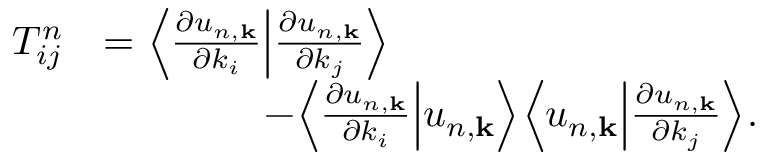
\begin{array} { r l } { T _ { i j } ^ { n } } & { = \Big \langle \frac { \partial u _ { n , \mathbf { k } } } { \partial k _ { i } } \Big | \frac { \partial u _ { n , \mathbf { k } } } { \partial k _ { j } } \Big \rangle } \\ & { \qquad \qquad - \Big \langle \frac { \partial u _ { n , \mathbf { k } } } { \partial k _ { i } } \Big | u _ { n , \mathbf { k } } \Big \rangle \Big \langle u _ { n , \mathbf { k } } \Big | \frac { \partial u _ { n , \mathbf { k } } } { \partial k _ { j } } \Big \rangle . } \end{array}